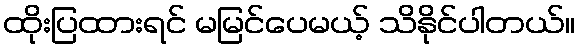
ထိုးပြထားရင် မမြင်ပေမယ့် သိနိုင်ပါတယ်။